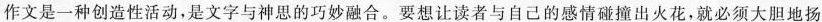
作文是一种创造性活动，是文字与神思的巧妙融合。要想让读者与自己的感情碰撞出火花，就必须大胆地扬